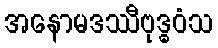
အနောမဒဿီဗုဒ္ဓဝံသ